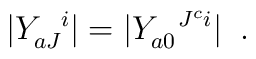
|Y_{aJ}^{\;\;\;i}| = |Y_{a0}^{\;\;\;J^c i}| \;\; .